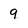
Character: 9